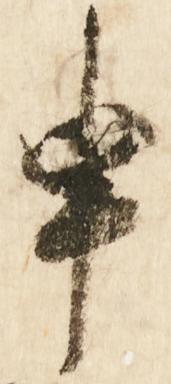
申